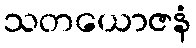
သတယောဇနံ